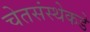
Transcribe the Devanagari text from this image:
चेतसंस्थेकडे